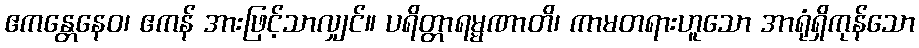
ဧကန္တေနေဝ၊ ဧကန် အားဖြင့်သာလျှင်။ ပရိတ္တာရမ္မဏာတိ၊ ကာမတရားဟူသော အာရုံရှိကုန်သော